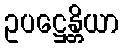
ဥပဋ္ဌေန္တိယာ